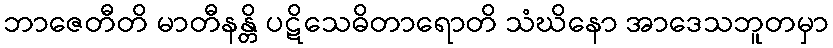
ဘာဇေတီတိ မာတီနန္တိ ပဋိသေဓိတာရောတိ သံဃိနော အာဒေသဘူတမှာ